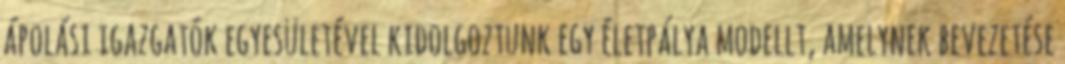
ápolási igazgatók egyesületével kidolgoztunk egy életpálya modellt, amelynek bevezetése